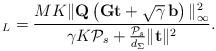
LaTeX: \begin{align*}\overline{}_{L}=\frac{MK {\| \mathbf{Q}\left({{\mathbf{Gt}} + \sqrt{\gamma}\,{\mathbf{b}}}\right) \|_\infty^2 } }{ \gamma K {{\cal P}_s} + \frac{ {\cal P}_s }{d_\Sigma}\|\mathbf{t}\|^2}.\end{align*}